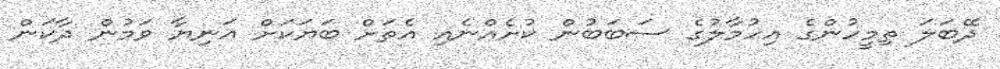
ދޭބަލަ ތިމީހުންގެ އިހުމާލުގެ ސަބަބުން ކުށެއްނެއި އެތަށް ބަޔަކަށް އަނިޔާ ވަމުން ދާކަން